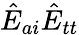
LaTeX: \hat{E}_{ai}\hat{E}_{tt}